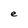
Character: e